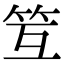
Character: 䇘